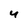
Character: y